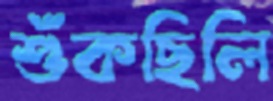
শুঁকছিলি